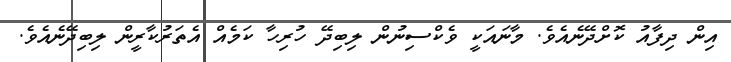
އިން ދިފާއު ކޮށްދޭނެއެވެ. މާނައަކީ ވެކްސިނުން ލިބިދޭ ހުރިހާ ކަމެއް އެތަރުކާރީން ލިބިދޭނެއެވެ.